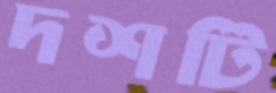
দশটি